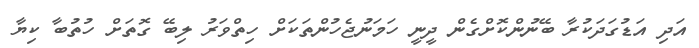
އަދި އަޑުގަދަކުރާ ބޭނުންކޮށްގެން ދީނީ ހަމަނުޖެހުންތަކަށް ހިތްވަރު ލިބޭ ގޮތަށް ހުތުބާ ކިޔާ